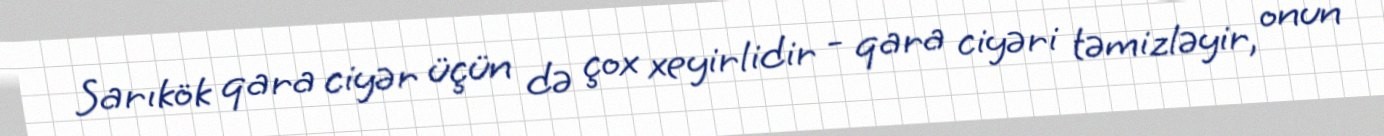
Sarıkök qara ciyər üçün də çox xeyirlidir - qara ciyəri təmizləyir, onun